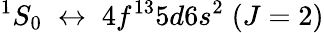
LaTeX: ^1S_{0}\; \leftrightarrow\; 4f^{13}5d6s^{2}\; (J=2)